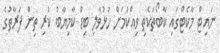
ނައިޓް މާކެޓްގައި ކާބޯތަކެތި ވިއްކުމަށް ހުޅުވާލި ބިޑް ކާމިޔާބު ކުރި ތިން ފަރާތުގެ